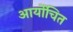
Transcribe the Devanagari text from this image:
आर्योचित